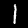
Label: 1